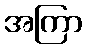
အကြာ